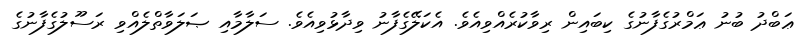
ޢަބްދު ބުނު ޢަމްރުގެފާނުގެ ކިބައިން ރިވާކުރެއްވިއެވެ. އެކަލޭގެފާނު ވިދާޅުވިއެވެ. ސަލާމާއި ޞަލަވާތްލެއްވި ރަސޫލުގެފާނުގެ